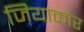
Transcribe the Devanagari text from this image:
जियाकौर